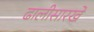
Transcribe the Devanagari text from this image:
ढालीसारखे